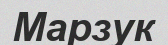
Марзук